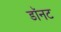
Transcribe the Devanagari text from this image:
डॉनट